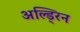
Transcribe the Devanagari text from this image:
अल्ड्रिन